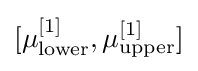
[\mu _{\text{lower}}^{[1]},\mu _{\text{upper}}^{[1]}]